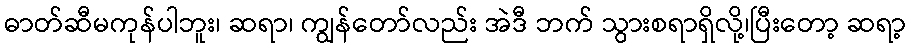
ဓာတ်ဆီမကုန်ပါဘူး၊ ဆရာ၊ ကျွန်တော်လည်း အဲဒီ ဘက် သွားစရာရှိလို့၊ပြီးတော့ ဆရာ့